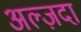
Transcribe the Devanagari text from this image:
अल्ज़दा